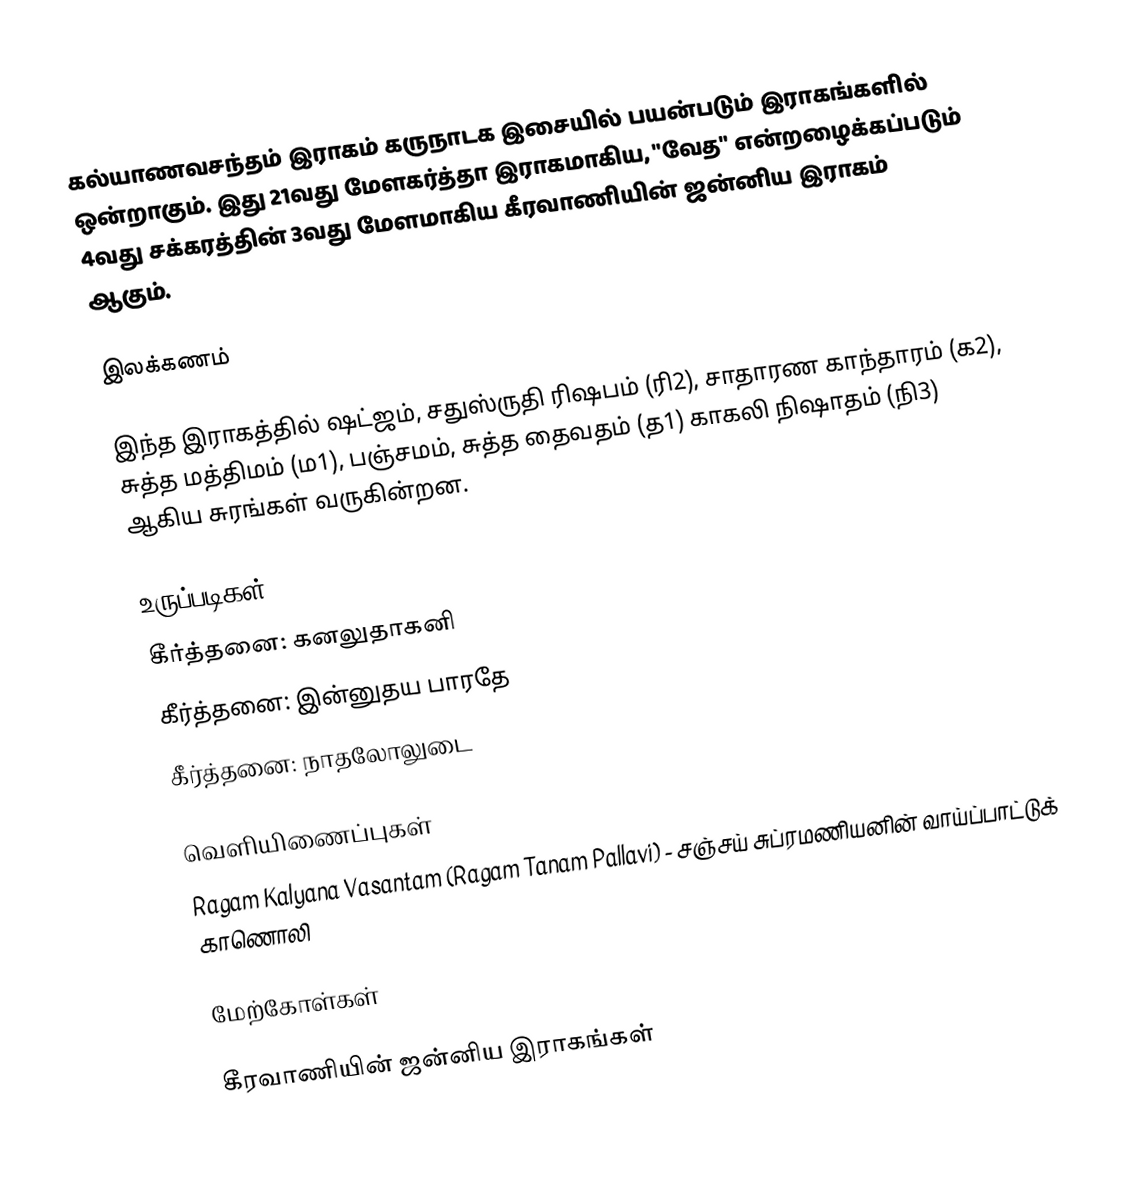
கல்யாணவசந்தம் இராகம் கருநாடக இசையில் பயன்படும் இராகங்களில் ஒன்றாகும். இது 21வது மேளகர்த்தா இராகமாகிய, "வேத" என்றழைக்கப்படும் 4வது சக்கரத்தின் 3வது மேளமாகிய கீரவாணியின் ஜன்னிய இராகம் ஆகும்.

இலக்கணம்

இந்த இராகத்தில் ஷட்ஜம், சதுஸ்ருதி ரிஷபம் (ரி2),  சாதாரண காந்தாரம் (க2), சுத்த மத்திமம் (ம1), பஞ்சமம்,  சுத்த தைவதம் (த1) காகலி நிஷாதம்  (நி3) ஆகிய சுரங்கள் வருகின்றன.

உருப்படிகள்
 கீர்த்தனை: கனலுதாகனி
 கீர்த்தனை: இன்னுதய பாரதே
 கீர்த்தனை: நாதலோலுடை

வெளியிணைப்புகள்
 Ragam Kalyana Vasantam (Ragam Tanam Pallavi) - சஞ்சய் சுப்ரமணியனின் வாய்ப்பாட்டுக் காணொலி

மேற்கோள்கள்

கீரவாணியின் ஜன்னிய இராகங்கள்